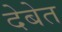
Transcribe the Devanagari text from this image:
देबेत